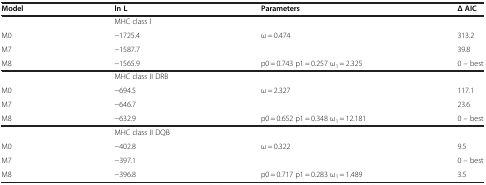
<table><thead><tr><td><b>Model</b></td><td><b>ln L</b></td><td><b>Parameters</b></td><td><b>Δ AIC</b></td></tr></thead><tbody><tr><td> </td><td>MHC class I</td><td> </td><td> </td></tr><tr><td>M0</td><td>−1725.4</td><td>ω = 0.474</td><td>313.2</td></tr><tr><td>M7</td><td>−1587.7</td><td> </td><td>39.8</td></tr><tr><td>M8</td><td>−1565.9</td><td>p0 = 0.743 p1 = 0.257 ω<sub>1</sub> = 2.325</td><td>0 – best</td></tr><tr><td> </td><td>MHC class II DRB</td><td> </td><td> </td></tr><tr><td>M0</td><td>−694.5</td><td>ω = 2.327</td><td>117.1</td></tr><tr><td>M7</td><td>−646.7</td><td> </td><td>23.6</td></tr><tr><td>M8</td><td>−632.9</td><td>p0 = 0.652 p1 = 0.348 ω<sub>1</sub> = 12.181</td><td>0 – best</td></tr><tr><td> </td><td>MHC class II DQB</td><td> </td><td> </td></tr><tr><td>M0</td><td>−402.8</td><td>ω = 0.322</td><td>9.5</td></tr><tr><td>M7</td><td>−397.1</td><td> </td><td>0 – best</td></tr><tr><td>M8</td><td>−396.8</td><td>p0 = 0.717 p1 = 0.283 ω<sub>1</sub> = 1.489</td><td>3.5</td></tr></tbody></table>